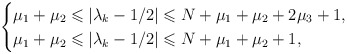
\begin{align*} \begin{cases} \mu_1+\mu_2\leqslant|\lambda_k-1/2|\leqslant N+\mu_1+\mu_2+2\mu_3+1, & \\ \mu_1+\mu_2\leqslant |\lambda_k-1/2|\leqslant N+\mu_1+\mu_2+1,& \end{cases}\end{align*}